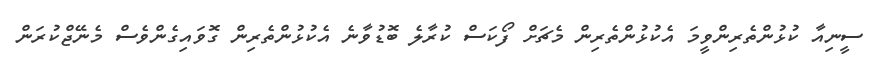
ސީނިއާ ކުޅުންތެރިންވީމަ އެކުޅުންތެރިން މެޗަށް ފޯކަސް ކުރާލެ ބޮޑުވާނެ އެކުޅުންތެރިން ގޮވައިގެންވެސް މެނޭޖްކުރަން